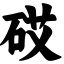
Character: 砹